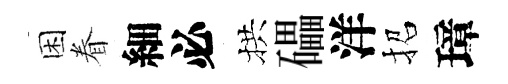
困眷細必拱礧洋招璋